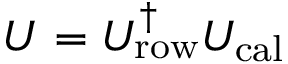
U = U _ { \mathrm { r o w } } ^ { \dagger } U _ { \mathrm { c a l } }